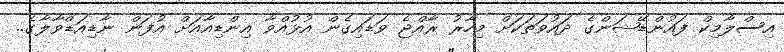
އިސްލާމިކް ފައުންޑޭޝަންގެ ދައުވަތަކަށް މިހާރު ރާއްޖެ ވަޑައިގެން އުޅުއްވާ އިންޑިއާއަށް އުފަން ނާޑިއަޑްވާލާގެ..